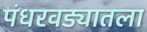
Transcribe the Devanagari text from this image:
पंधरवड्यातला